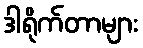
ဒါရိုက်တာများ